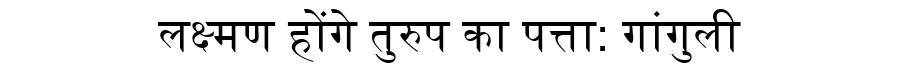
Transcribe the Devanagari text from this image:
लक्ष्मण होंगे तुरुप का पत्ता: गांगुली